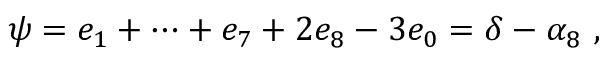
\psi = e _ { 1 } + \dots + e _ { 7 } + 2 e _ { 8 } - 3 e _ { 0 } = \delta - \alpha _ { 8 } \ ,